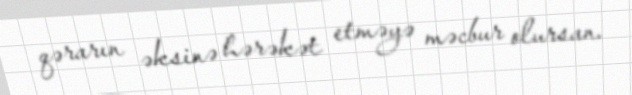
qərarın əksinə hərəkət etməyə məcbur olursan.